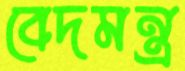
বেদমন্ত্র